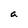
Character: a